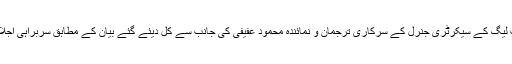
عرب لیگ کے سیکرٹری جنرل کے سرکاری ترجمان و نمائندہ محمود عفیفی کی جانب سے کل دیئے گئے بیان کے مطابق سربراہی اجلاس (۔